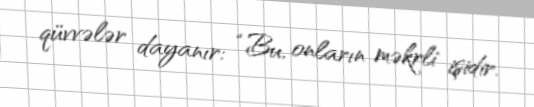
qüvvələr dayanır: “Bu, onların məkrli işidir.